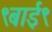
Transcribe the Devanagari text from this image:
९बाई९